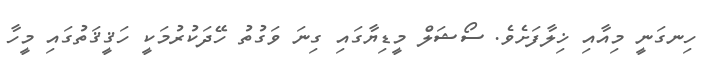
ހިނގަނީ މިއާއި ޚިލާފަށެވެ. ސޯޝަލް މީޑިޔާގައި ގިނަ ވަގުތު ހޭދަކުރުމަކީ ހަޤީޤަތުގައި މީހާ